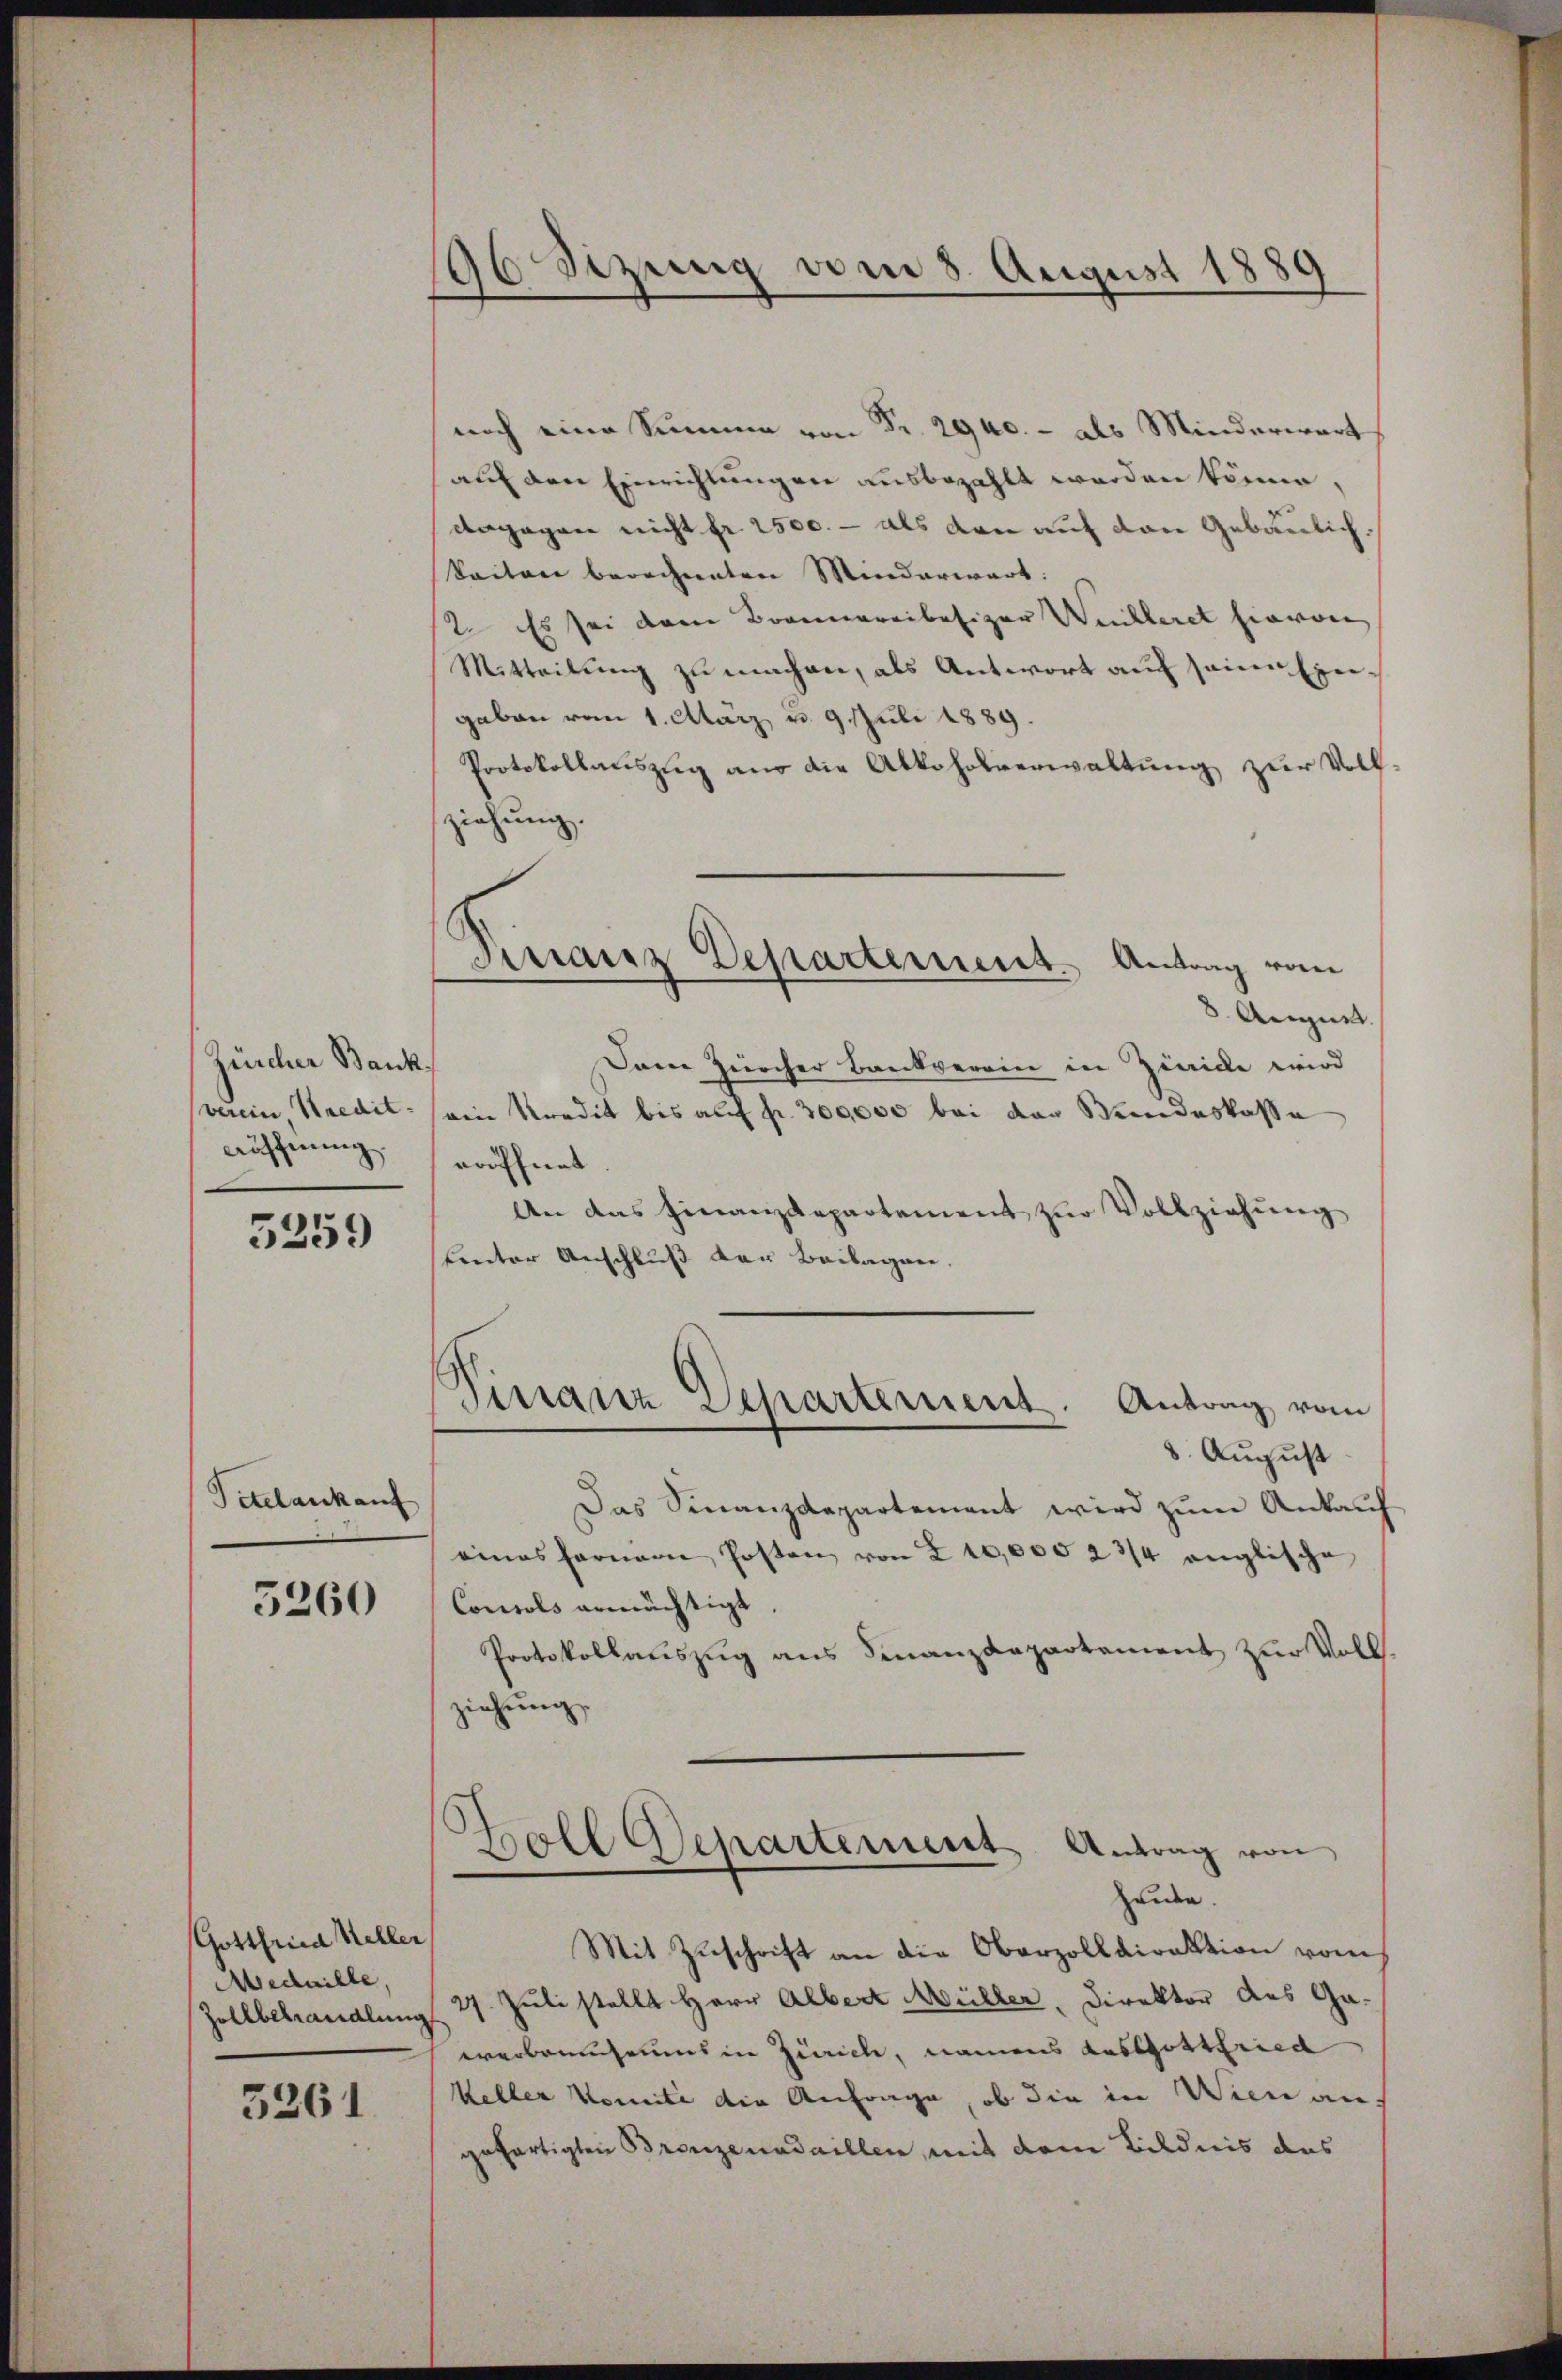
Zürcher Bank
verein, Kredit.
aöffnung.

5259

Titel ankauf

5260

Gottfried Keller
Medaille,

3261

36 Stzung vom 8. August 1880

noch eine Summe von Fr. 2940. - als Minderwart
auf den Einrichtungen ausbezahlt worden könne,
Angegen nicht fr. 2500. - als den auf den Gebäulich.
Seiten berechneten Minderwart:
ste Es sei dann Brandareibesizer Weilleret hievon
Mitteilung zu machen, als Antwort auf seiner Exergaben vom 1. März v. 9. Juli 1889.
Protokollauszug aus die Alkoholverwaltung zur Voll-
ziehung.
August
Darre Zürcher Bankverein in Zinicke wird
ein Kredit bis auf fr. 300,000 bei den Wundeskasse
eröffnet
An das Finanzdepartement zur Vollziehung
uinter Anschluß der Beilagen.
Finanz Departement. Antrag vom
8. August
Das Finanzdepartement wird zum Ankauf
eines ferner Posten von 2 10,000 2 3/4 anglische
Consuls ermächtigt
Protokollauszug aus Finanzdepartement zur Vollziehung
Boll Departement Antrag von
hunden.
Mit Zuschrift an die Oberzolldirektion vom
Zollbehandlung 27. Juli stellt Herr Albert Müller, Direktor des Gawerbemuseums in Zürich, namens das Gottfried
Keller Komite die Anfrage, ob die in Wien angefertigten Bronzenadaillen, mit dem Bildnis das

Finanz Departement. Antrag vom